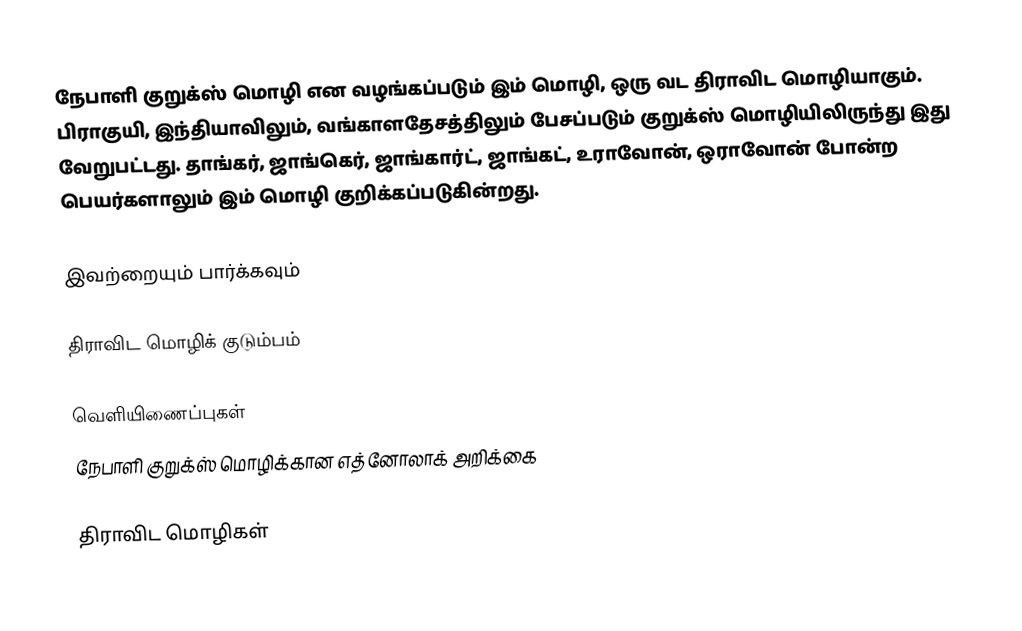
நேபாளி குறுக்ஸ் மொழி என வழங்கப்படும் இம் மொழி, ஒரு வட திராவிட மொழியாகும். பிராகுயி, இந்தியாவிலும், வங்காளதேசத்திலும் பேசப்படும் குறுக்ஸ் மொழியிலிருந்து இது வேறுபட்டது. தாங்கர், ஜாங்கெர், ஜாங்கார்ட், ஜாங்கட், உராவோன், ஒராவோன் போன்ற பெயர்களாலும் இம் மொழி குறிக்கப்படுகின்றது.

இவற்றையும் பார்க்கவும்

 திராவிட மொழிக் குடும்பம்

வெளியிணைப்புகள்
 நேபாளி குறுக்ஸ் மொழிக்கான எத்னோலாக் அறிக்கை

திராவிட மொழிகள்